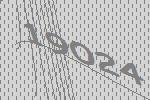
19024